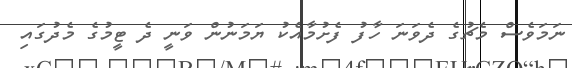
ނަމަވެސް މެޗުގެ ދެވަނަ ހާފު ފެށުމާއެކު ޔަމަނުން ވަނީ ދެ ޓީމުގެ މެދުގައި